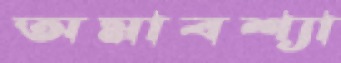
অমাবশ্যা